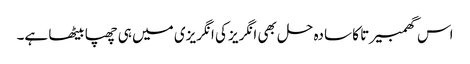
اس گھمبیرتا کا سادہ حل بھی انگریز کی انگریزی میں ہی چھپا بیٹھا ہے۔